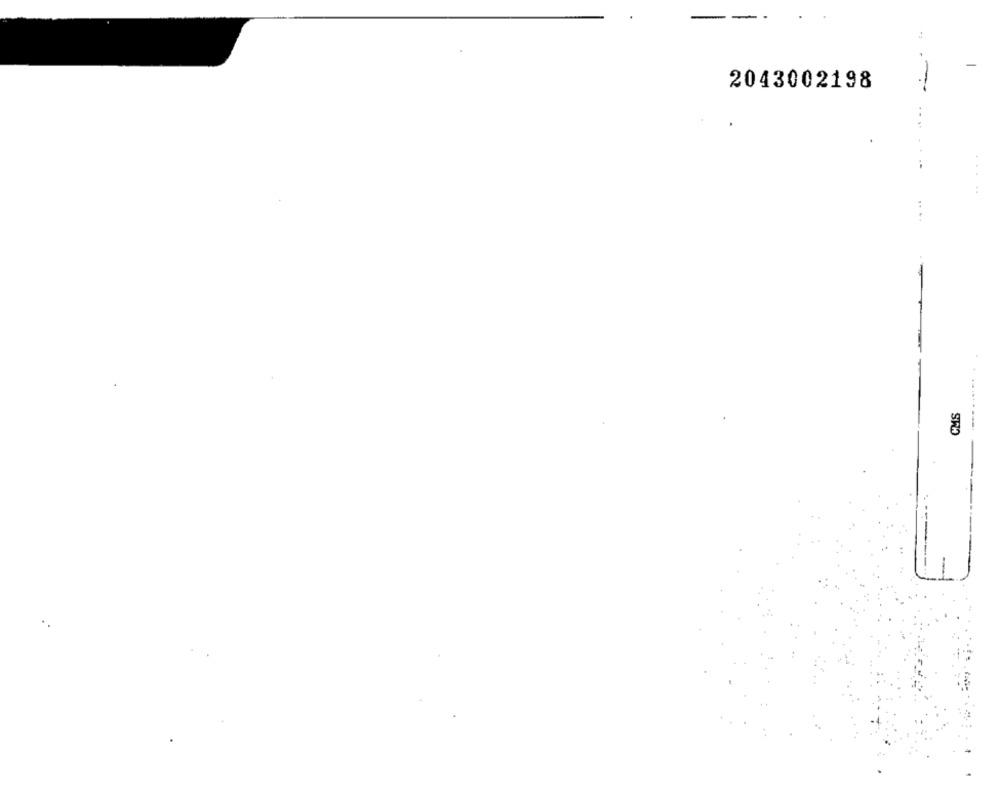
2043002198
.. ..
SHA
-